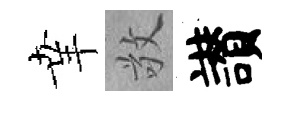
𦍒敬讃